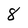
Character: 8